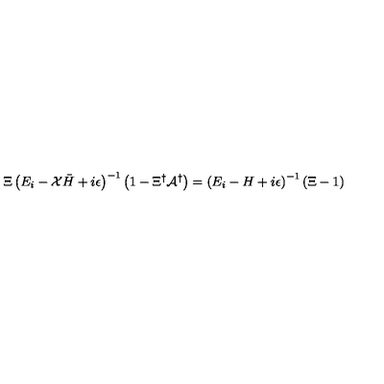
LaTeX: \Xi \left( E _ { i } - { \cal X } { \bar { H } } + i \epsilon \right) ^ { - 1 } \left( 1 - \Xi ^ { \dagger } { \cal A } ^ { \dagger } \right) = \left( E _ { i } - H + i \epsilon \right) ^ { - 1 } \left( \Xi - 1 \right)